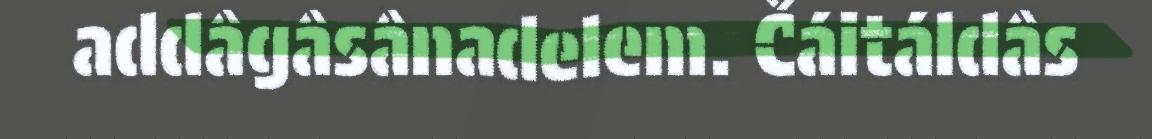
addâgâsânadelem. Čáitáldâs